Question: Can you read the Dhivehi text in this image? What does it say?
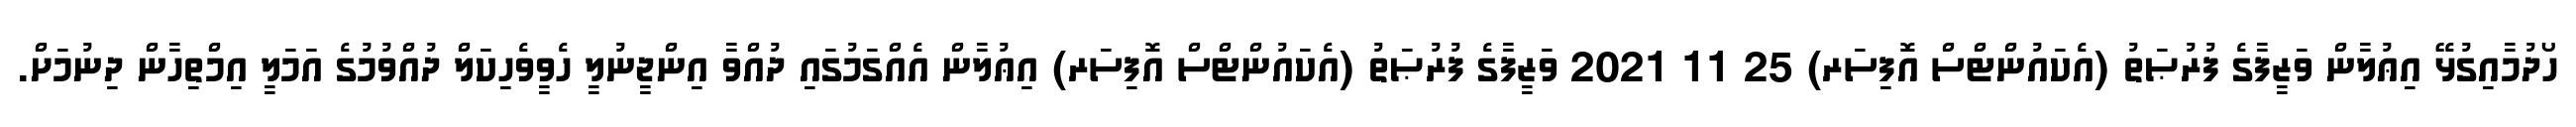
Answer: ހޯދުމާއިގުޅޭ އިޢުލާން ވަޒީފާގެ ފުރުޞަތު (އެކައުންޓްސް އޮފިސަރ) 25 11 2021 ވަޒީފާގެ ފުރުޞަތު (އެކައުންޓްސް އޮފިސަރ) އިޢުލާން އެއްގަމުގައި ދުއްވާ އިންޖީނުލީ ހެވީވެހިކަލް ދުއްވުމުގެ އަމަލީ އިމްތިހާން ދިނުމަށް.